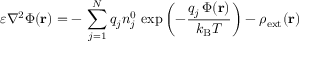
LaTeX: \varepsilon \nabla ^ { 2 } \Phi ( \mathbf { r } ) = - \, \sum _ { j = 1 } ^ { N } q _ { j } n _ { j } ^ { 0 } \, \exp \left( - { \frac { q _ { j } \, \Phi ( \mathbf { r } ) } { k _ { \mathrm { { B } } } T } } \right) - \rho _ { \mathrm { { e x t } } } ( \mathbf { r } )